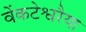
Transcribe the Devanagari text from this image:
वेंकटेश्वरैया